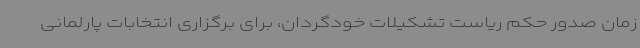
زمان صدور حکم ریاست تشکیلات خودگردان، برای برگزاری انتخابات پارلمانی